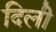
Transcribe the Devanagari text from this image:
दिलीे